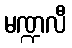
မဏ္ဍလီ